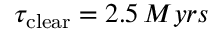
\tau _ { \mathrm { c l e a r } } = 2 . 5 \, M y r s